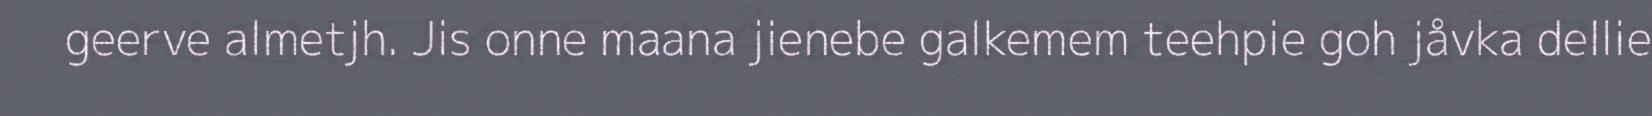
geerve almetjh. Jis onne maana jienebe galkemem teehpie goh jåvka dellie